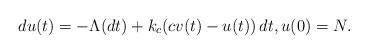
LaTeX: \begin{align*}du(t)=-\Lambda(dt)+k_c(cv(t)-u(t))\,dt,u(0)=N.\end{align*}